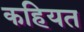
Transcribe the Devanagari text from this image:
कहियत